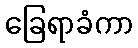
ခြေရာခံကာ